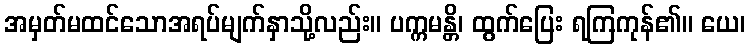
အမှတ်မထင်သောအရပ်မျက်နှာသို့လည်း။ ပက္ကမန္တိ၊ ထွက်ပြေး ရကြကုန်၏။ ယေ၊